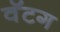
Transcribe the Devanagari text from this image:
वॅटग